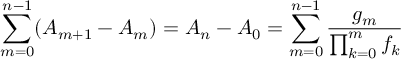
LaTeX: \sum _ { m = 0 } ^ { n - 1 } ( A _ { m + 1 } - A _ { m } ) = A _ { n } - A _ { 0 } = \sum _ { m = 0 } ^ { n - 1 } { \frac { g _ { m } } { \prod _ { k = 0 } ^ { m } f _ { k } } }